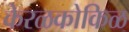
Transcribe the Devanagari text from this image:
केरळकोकिळ